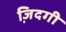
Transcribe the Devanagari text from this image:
जि़दगी